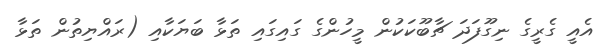
އެއީ ގެރީގެ ނިގޫފަދަ ޗާބޫކަކުން މީހުންގެ ގައިގައި ތަޅާ ބަޔަކާއި (ރައްޔިތުން ތަޅާ